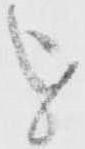
を